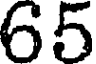
65